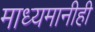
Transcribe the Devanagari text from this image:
माध्यमानीही